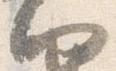
納